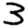
Digit: 3